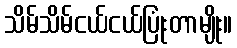
သိမ်သိမ်ငယ်ငယ်ပြုံးတာမျိုး။